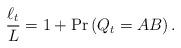
LaTeX: \begin{align*}\frac{\ell_t}{L} = 1+\Pr\left(Q_t=AB\right).\end{align*}